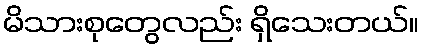
မိသားစုတွေလည်း ရှိသေးတယ်။